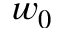
w _ { 0 }